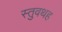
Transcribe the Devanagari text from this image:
स्तुवथह